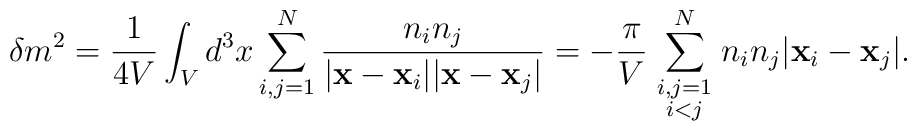
\delta m^{2} = \frac{1}{4 V}\int_{V} d^{3}x  \sum_{i,j=1}^{N}\frac{n_{i}n_{j}}{|{\bf x}-{\bf x}_{i}||{\bf x}-{\bf x}_{j}|}  = -\frac{\pi}{ V}\sum_{{\scriptstyle i,j=1\atop\scriptstyle i<j}}^{N}  n_{i}n_{j}|{\bf x}_{i}-{\bf x}_{j}| .